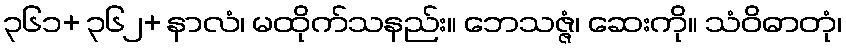
၃၆၁+ ၃၆၂+ နာလံ၊ မထိုက်သနည်း။ ဘေသဇ္ဇံ၊ ဆေးကို။ သံဝိဓာတုံ၊